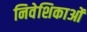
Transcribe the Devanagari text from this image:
निवेशिकाओं